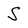
Character: S